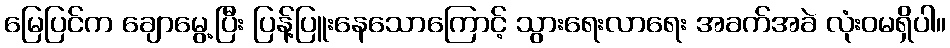
မြေပြင်က ချောမွေ့ပြီး ပြန့်ပြူးနေသောကြောင့် သွားရေးလာရေး အခက်အခဲ လုံးဝမရှိပါ။